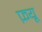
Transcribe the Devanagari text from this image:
फ़यू